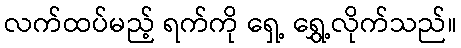
လက်ထပ်မည့် ရက်ကို ရှေ့ ရွှေ့လိုက်သည်။